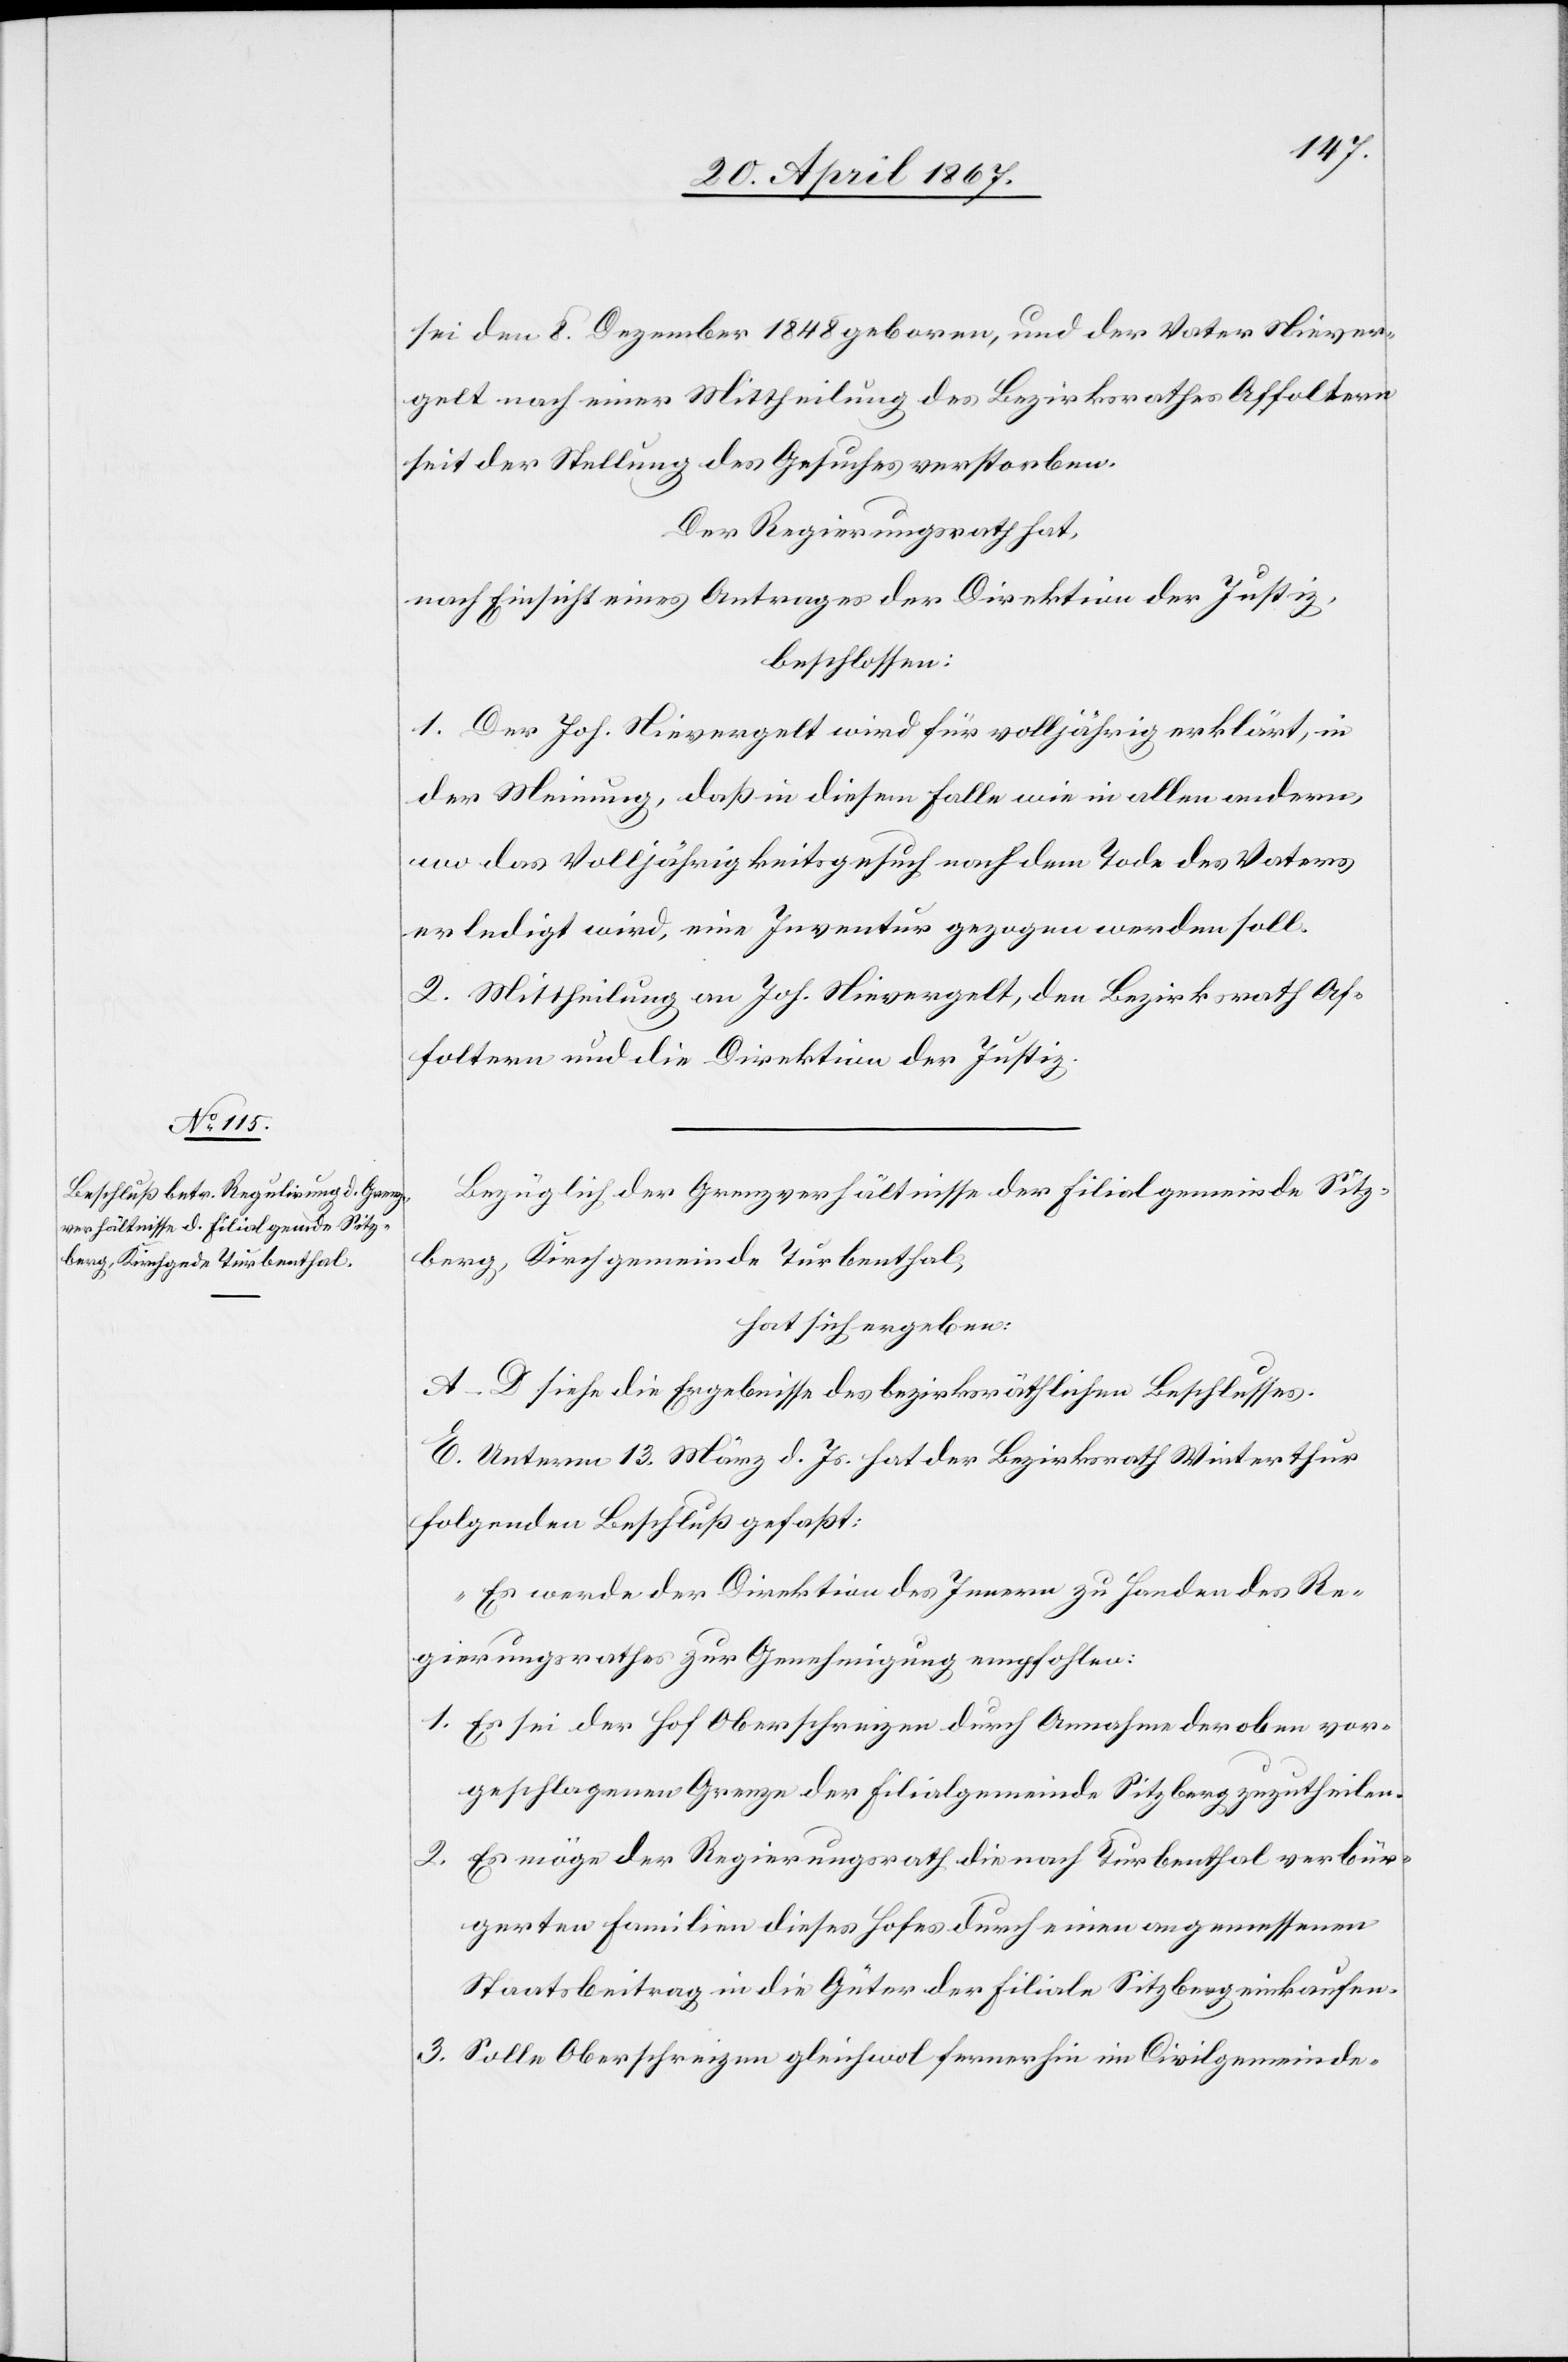
sei den 8. Dezember 1848 geboren, und der Vater Niever¬
gelt nach einer Mittheilung des Bezirksrathes Affoltern
seit der Stellung des Gesuches verstorben.
Der Regierungsrath hat,
nach Einsicht eines Antrages der Direktion der Justiz,
beschlossen:
1. Der Joh. Nievergelt wird für volljährig erklärt, in
der Meinung, daß in diesem Falle wie in allen andern,
wo das Volljährigkeitsgesuch nach dem Tode des Vaters
erledigt wird, eine Inventur gezogen werden soll.
2. Mittheilung an Joh. Nievergelt, den Bezirksrath Af¬
foltern und die Direktion der Justiz.
Bezüglich der Grenzverhältnisse der Filialgemeinde Sitz¬
berg, Kirchgemeinde Turbenthal,
hat sich ergeben:
A–D. Siehe die Ergebnisse des bezirksräthlichen Beschlusses.
E. Unterm 13. März d. Js. hat der Bezirksrath Winterthur
folgenden Beschluß gefaßt:
„Es werde der Direktion des Innern zu Handen des Re¬
gierungsrathes zur Genehmigung empfohlen:
1.	Es sei der Hof Oberschreizen durch Annahme der oben vor¬
geschlagenen Grenze der Filialgemeinde Sitzberg zuzutheilen.
2. 	Es möge der Regierungsrath die nach Turbenthal verbür¬
gerten Familien dieses Hofes durch einen angemessenen
Staatsbeitrag in die Güter der Filiale Sitzberg einkaufen.
3.	Solle Oberschreizen gleichwol fernerhin im Civilgemeinde-